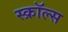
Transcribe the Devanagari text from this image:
स्क्रॉल्स